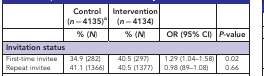
<table><thead><tr><td><b> </b></td><td><b>Control (<i>n</i>=4135)a</b></td><td><b>Intervention (<i>n</i>=4134)</b></td><td><b> </b></td><td><b> </b></td></tr><tr><td><b> </b></td><td><b>% (<i>N</i>)</b></td><td><b>% (<i>N</i>)</b></td><td><b>OR (95% CI)</b></td><td><b><i>P</i>-value</b></td></tr></thead><tbody><tr><td colspan="5"><b>Invitation status</b></td></tr><tr><td>First-time invitee</td><td>34.9 (282)</td><td>40.5 (297)</td><td>1.29 (1.04–1.58)</td><td>0.02</td></tr><tr><td>Repeat invitee</td><td>41.1 (1366)</td><td>40.5 (1377)</td><td>0.98 (89–1.08)</td><td>0.66</td></tr></tbody></table>